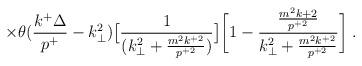
LaTeX: \begin{align*}\times \theta({k^+\Delta \over p^+}-k_\perp^2)\bigl[ {{1} \over {(k_\perp^2+{m^2k^{+2} \over p^{+2}}})} \bigr] \biggl[ 1 - {{m^2k{+2} \over p^{+2}} \over{k_\perp^2 +{m^2k^{+2} \over p^{+2}}}} \biggr] \;.\end{align*}